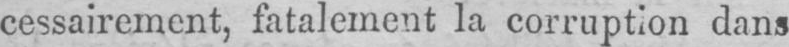
cessairement, fatalement la corruption dans